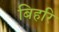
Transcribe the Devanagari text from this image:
बिहरि